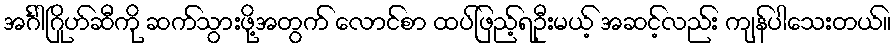
အင်္ဂါဂြိုဟ်ဆီကို ဆက်သွားဖို့အတွက် လောင်စာ ထပ်ဖြည့်ရဦးမယ့် အဆင့်လည်း ကျန်ပါသေးတယ်။